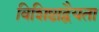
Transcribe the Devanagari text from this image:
विशिष्टाद्वैयता